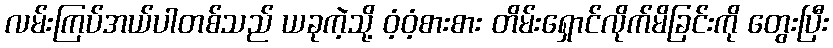
လမ်းကြပ်အယ်ပါတစ်သည် ယခုကဲ့သို့ ဝံ့ဝံ့စားစား တိမ်းရှောင်လိုက်မိခြင်းကို တွေးပြီး